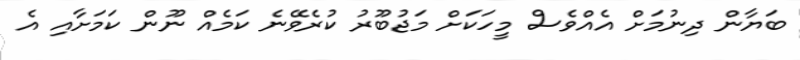
ބަޔާން ދިނުމަށް އެއްވެސް މީހަކަށް މަޖުބޫރު ކުރެވޭނެ ކަމެއް ނޫން ކަމަށާއި އެ